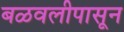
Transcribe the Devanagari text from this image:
बळवलीपासून